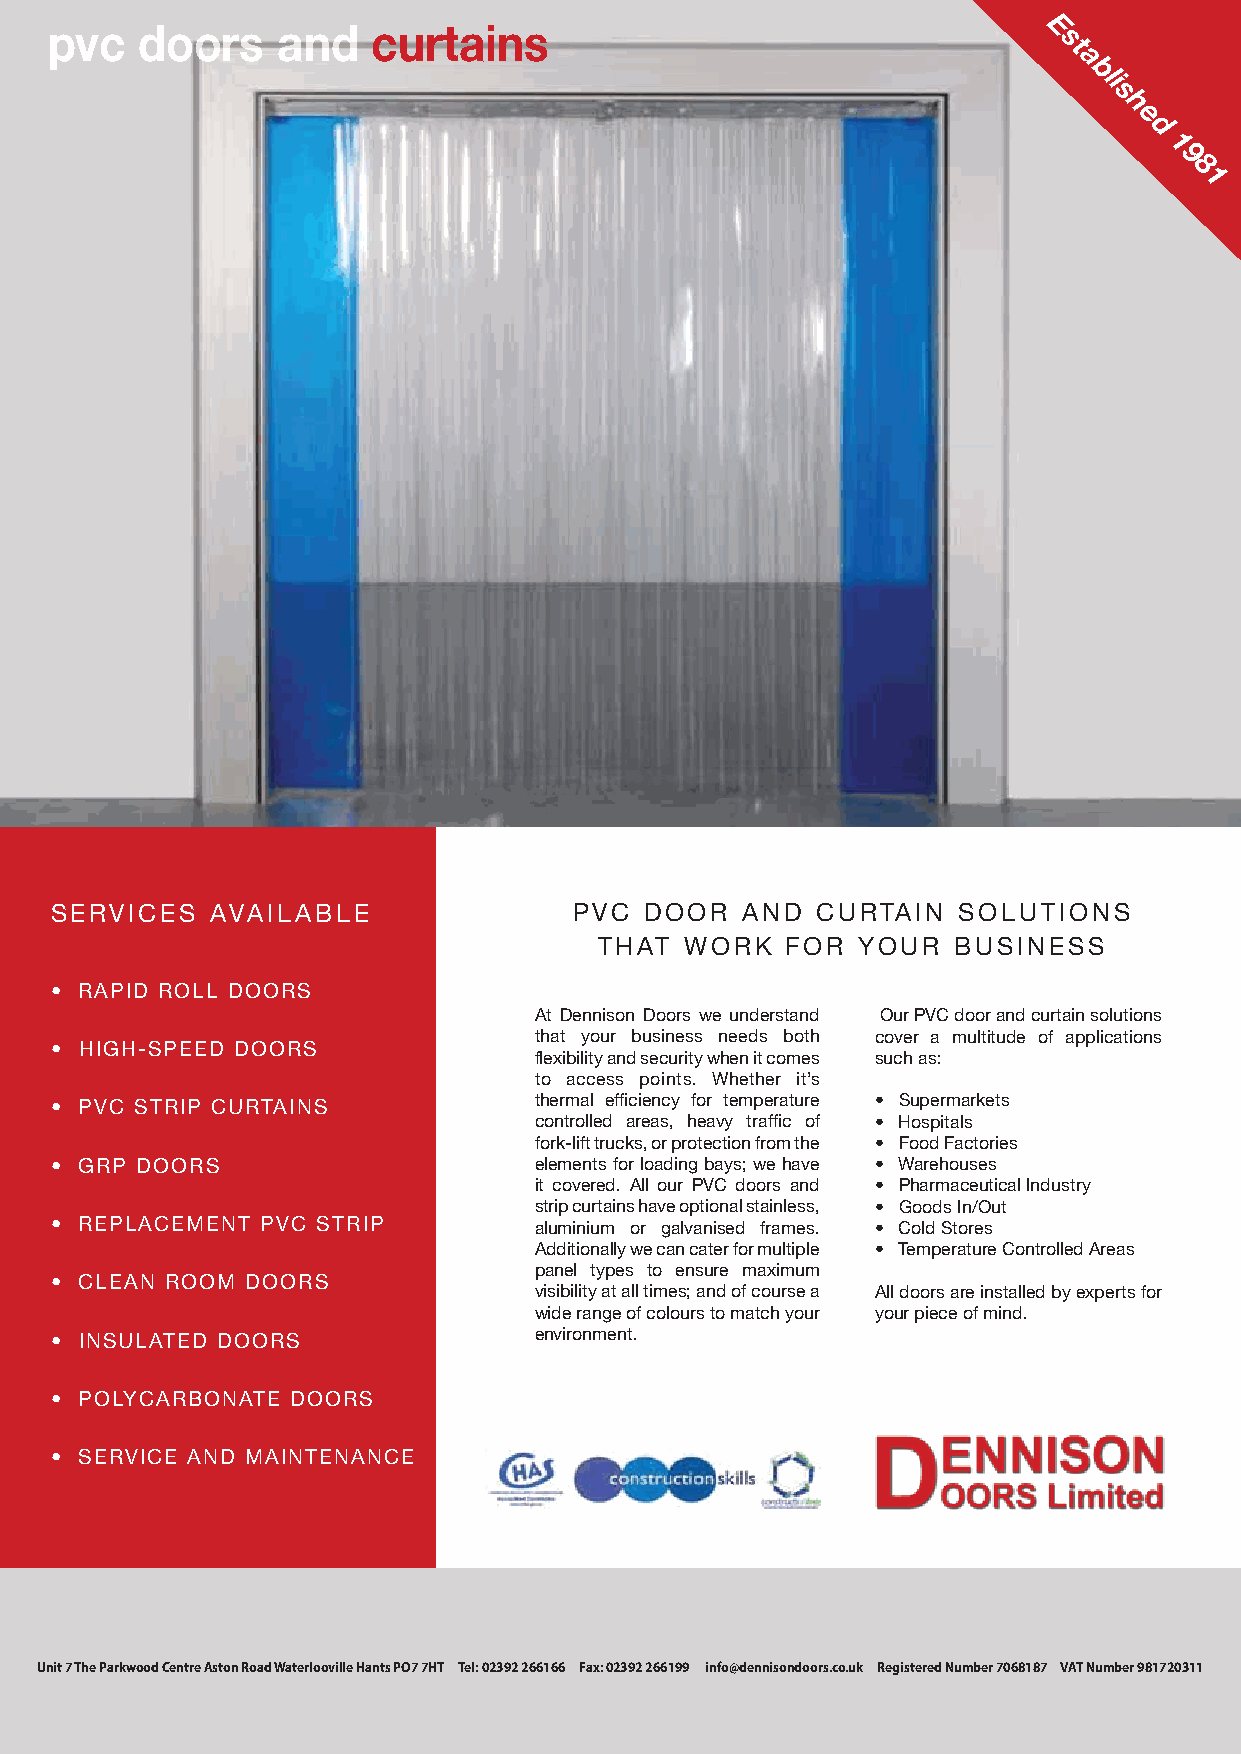
pvc   doors    and    curtains                                    E
 s
 t
 a
 bli
 s
 h
 e
 d
 1
 9
 8
 1
 SERVICES   AVAILABLE               PVC  DOOR  AND  CURTAIN  SOLUTIONS
 THAT WORK   FOR  YOUR  BUSINESS
 • RAPID ROLL DOORS
 At Dennison Doors we understand Our PVC door and curtain solutions
 that your business needs both cover a multitude of applications
 • HIGH-SPEED DOORS
 flexibility and security when it comes such as:
 to access points. Whether it’s
 • PVC STRIP CURTAINS            thermal efficiency for temperature • Supermarkets
 controlled areas, heavy traffic of • Hospitals
 fork-lift trucks, or protection from the • Food Factories
 • GRP DOORS                     elements for loading bays; we have • Warehouses
 it covered. All our PVC doors and • Pharmaceutical Industry
 strip curtains have optional stainless, • Goods In/Out
 • REPLACEMENT PVC STRIP         aluminium or galvanised frames. • Cold Stores
 Additionally we can cater for multiple • Temperature Controlled Areas
 panel types to ensure maximum
 • CLEAN ROOM DOORS
 visibility at all times; and of course a All doors are installed by experts for
 wide range of colours to match your your piece of mind.
 • INSULATED DOORS               environment.
 • POLYCARBONATE DOORS
 • SERVICE AND MAINTENANCE
 Unit 7 The Parkwood Centre Aston Road Waterlooville Hants PO7 7HT Tel: 02392 266166 Fax: 02392 266199 info@dennisondoors.co.uk Registered Number 7068187 VAT Number 981720311